Leaving Certificate Examination (including Day School Certificate (Higher) General paper), 1932
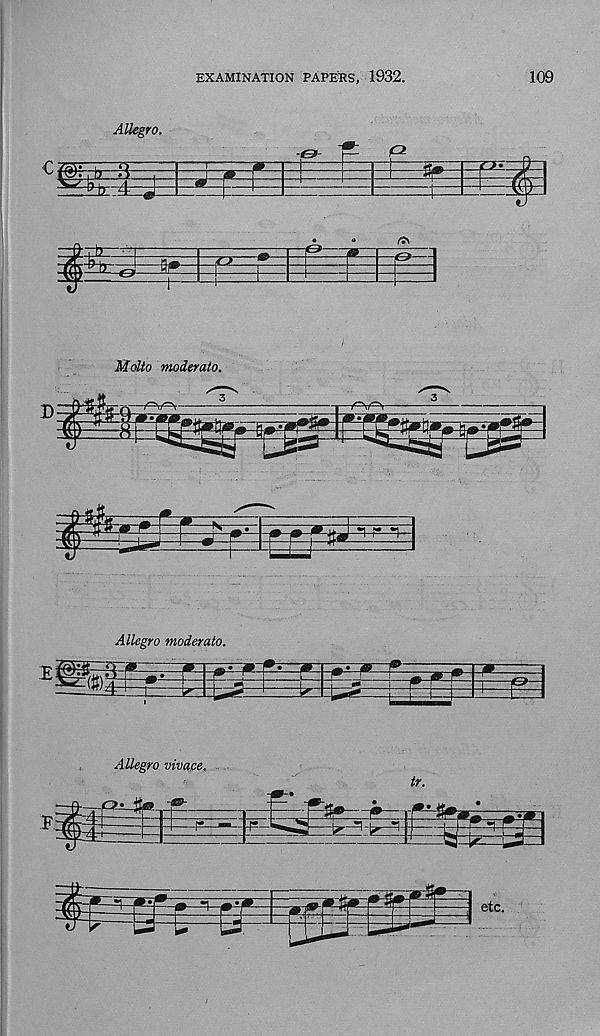
EXAMINATION PAPERS, 1932.
109
Allegro.
Allegro moderato.
Allegro vivace.